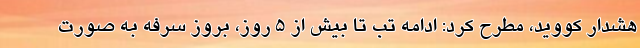
هشدار کووید، مطرح کرد: ادامه تب تا بیش از ۵ روز، بروز سرفه به صورت